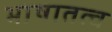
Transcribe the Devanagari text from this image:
भाषातत्व